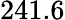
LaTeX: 241.6